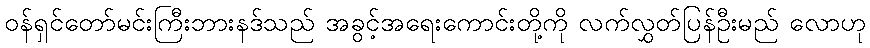
ဝန်ရှင်တော်မင်းကြီးဘားနဒ်သည် အခွင့်အရေးကောင်းတို့ကို လက်လွှတ်ပြန်ဦးမည် လောဟု